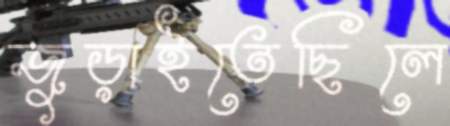
জুড়াইতেছিলে